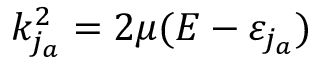
k _ { j _ { a } } ^ { 2 } = 2 \mu ( E - \varepsilon _ { j _ { a } } )